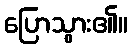
ပြောသွား၏။